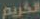
الكريم